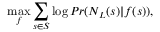
\operatorname* { m a x } _ { f } \sum _ { s \in S } \log P r ( N _ { L } ( s ) | f ( s ) ) ,